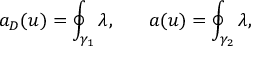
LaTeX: a _ { D } ( u ) = \oint _ { \gamma _ { 1 } } \lambda , \: \: \: \: \: \: \: \: a ( u ) = \oint _ { \gamma _ { 2 } } \lambda ,